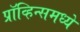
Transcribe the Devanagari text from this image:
प्रॉव्हिन्समध्ये